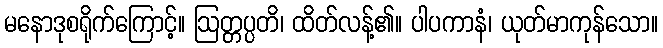
မနောဒုစရိုက်ကြောင့်။ ဩတ္တပ္ပတိ၊ ထိတ်လန့်၏။ ပါပကာနံ၊ ယုတ်မာကုန်သော။